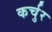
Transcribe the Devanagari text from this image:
कर्चुर